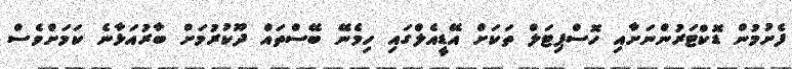
ފެށުމުން ޑޮކްޓަރުންނަށާއި ހޮސްޕިޓަލް ތަކަށް އޭޑީއެލްގައި ހިމެނޭ ބޭސްތައް ދޫކުރުމަށް ބާރުއަޅާނެ ކަމަށްވެސް